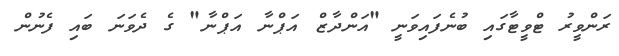
ރަންވީރު ޓްވީޓާގައި ބުނެފައިވަނީ "އަންދާޒް އަޕްނާ އަޕްނާ" ގެ ދެވަނަ ބައި ފެނުން